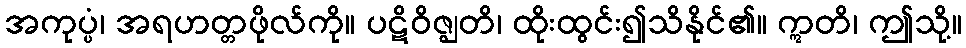
အကုပ္ပံ၊ အရဟတ္တဖိုလ်ကို။ ပဋိဝိဇ္ဈတိ၊ ထိုးထွင်း၍သိနိုင်၏။ ဣတိ၊ ဤသို့။